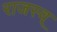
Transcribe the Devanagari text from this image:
राजस्व्